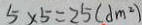
5 \times 5 = 2 5 ( d m ^ { 2 } )